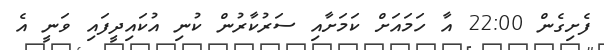
ފެށިގެން 22:00 އާ ހަމައަށް ކަމަށާއި ސަރުކާރުން ކުނި އުކައިދީފައި ވަނީ އެ